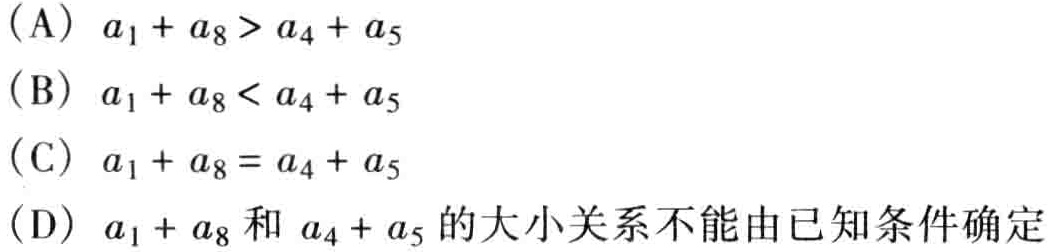
(A) \(a_{1}+a_{8}>a_{4}+a_{5}\)
(B) \(a_{1}+a_{8}<a_{4}+a_{5}\)
(C) \(a_{1}+a_{8}=a_{4}+a_{5}\)
(D) \(a_{1}+a_{8}\)和\(a_{4}+a_{5}\)的大小关系不能由已知条件确定